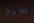
ضريح